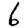
Digit: 6